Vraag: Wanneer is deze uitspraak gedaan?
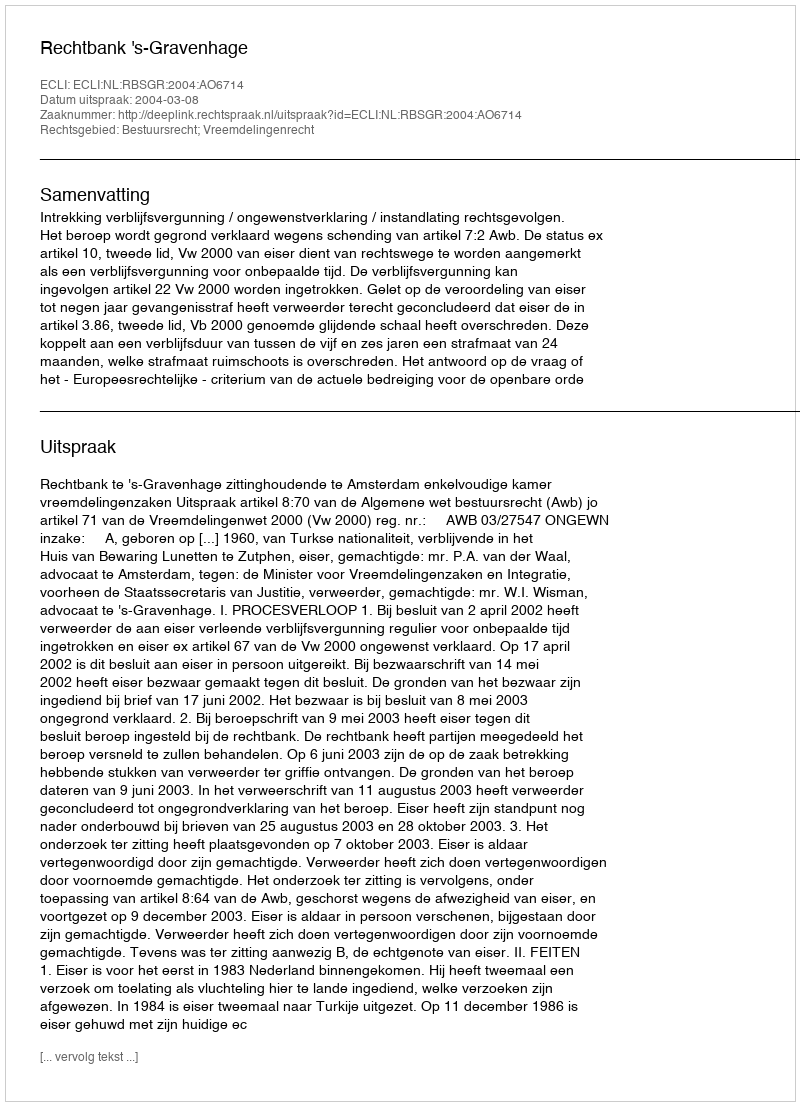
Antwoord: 2004-03-08